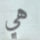
هي